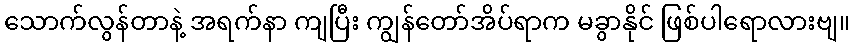
သောက်လွန်တာနဲ့ အရက်နာ ကျပြီး ကျွန်တော်အိပ်ရာက မခွာနိုင် ဖြစ်ပါရောလားဗျ။